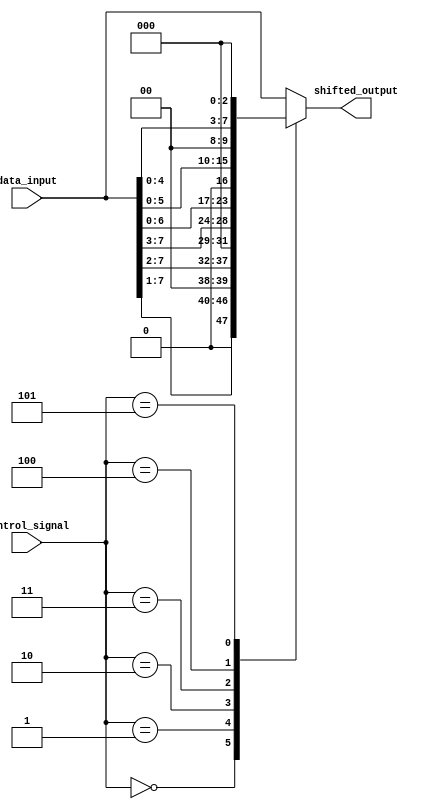
module Hybrid_Barrel_Shifter (
    input wire [7:0] data_input,
    input wire [2:0] control_signal,
    output wire [7:0] shifted_output
);

reg [7:0] temp_output;

always @(*)
begin
    case (control_signal)
        3'b000: temp_output = data_input >> 1;
        3'b001: temp_output = data_input >> 2;
        3'b010: temp_output = data_input >> 3;
        3'b011: temp_output = data_input << 1;
        3'b100: temp_output = data_input << 2;
        3'b101: temp_output = data_input << 3;
        default: temp_output = data_input;
    endcase
end

assign shifted_output = temp_output;

endmodule